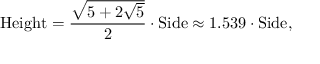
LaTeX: { \mathrm { H e i g h t } } = { \frac { \sqrt { 5 + 2 { \sqrt { 5 } } } } { 2 } } \cdot { \mathrm { S i d e } } \approx 1 . 5 3 9 \cdot { \mathrm { S i d e } } ,